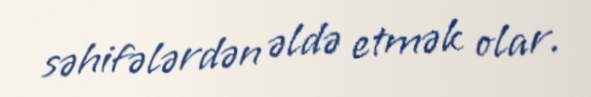
səhifələrdən əldə etmək olar.